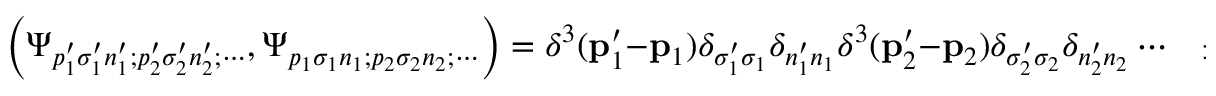
\left( \Psi _ { p _ { 1 } ^ { \prime } \sigma _ { 1 } ^ { \prime } n _ { 1 } ^ { \prime } ; p _ { 2 } ^ { \prime } \sigma _ { 2 } ^ { \prime } n _ { 2 } ^ { \prime } ; \cdots } , \Psi _ { p _ { 1 } \sigma _ { 1 } n _ { 1 } ; p _ { 2 } \sigma _ { 2 } n _ { 2 } ; \cdots } \right) = \delta ^ { 3 } ( \mathbf { p } _ { 1 } ^ { \prime } - \mathbf { p } _ { 1 } ) \delta _ { \sigma _ { 1 } ^ { \prime } \sigma _ { 1 } } \delta _ { n _ { 1 } ^ { \prime } n _ { 1 } } \delta ^ { 3 } ( \mathbf { p } _ { 2 } ^ { \prime } - \mathbf { p } _ { 2 } ) \delta _ { \sigma _ { 2 } ^ { \prime } \sigma _ { 2 } } \delta _ { n _ { 2 } ^ { \prime } n _ { 2 } } \cdots \quad \pm { \mathrm { ~ p e r m u t a t i o n s } } .